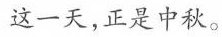
这一天,正是中秋。